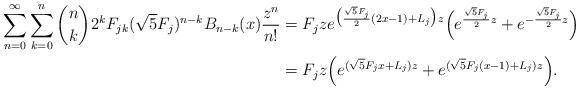
LaTeX: \begin{align*}\sum_{n=0}^\infty \sum_{k=0}^n {n\choose k} 2^k F_{jk} (\sqrt{5}F_j)^{n-k} B_{n-k}(x) \frac{z^n}{n!}& = F_j z e^{\big(\frac{\sqrt{5}F_j}{2}(2x-1) + L_j\big) z}\Big (e^{\frac{\sqrt{5}F_j}{2} z} + e^{-\frac{\sqrt{5}F_j}{2}z}\Big ) \\& = F_j z \Big (e^{(\sqrt{5}F_j x + L_j) z} + e^{(\sqrt{5}F_j(x-1) + L_j)z}\Big ).\end{align*}